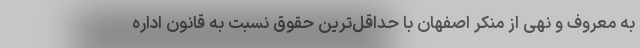
به معروف و نهی از منکر اصفهان با حداقل‌ترین حقوق نسبت به قانون اداره